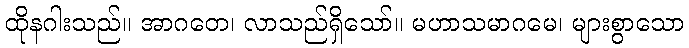
ထိုနဂါးသည်။ အာဂတေ၊ လာသည်ရှိသော်။ မဟာသမာဂမေ၊ များစွာသော